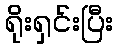
ရိုးရှင်းပြီး